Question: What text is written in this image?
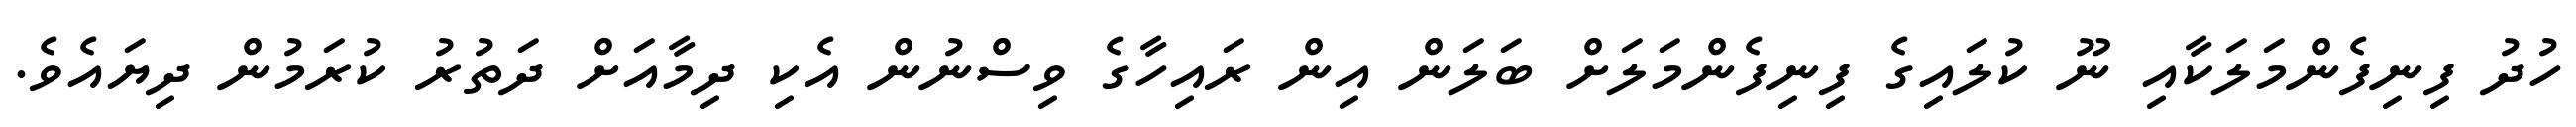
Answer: ހުދު ފިނިފެންމަލަކާއި ނޫ ކުލައިގެ ފިނިފެންމަލަށް ބަލަން އިން ރައިހާގެ ވިސްނުން އެކި ދިމާއަށް ދަތުރު ކުރަމުން ދިޔައެވެ.